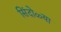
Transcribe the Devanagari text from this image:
सिंदोळ्या